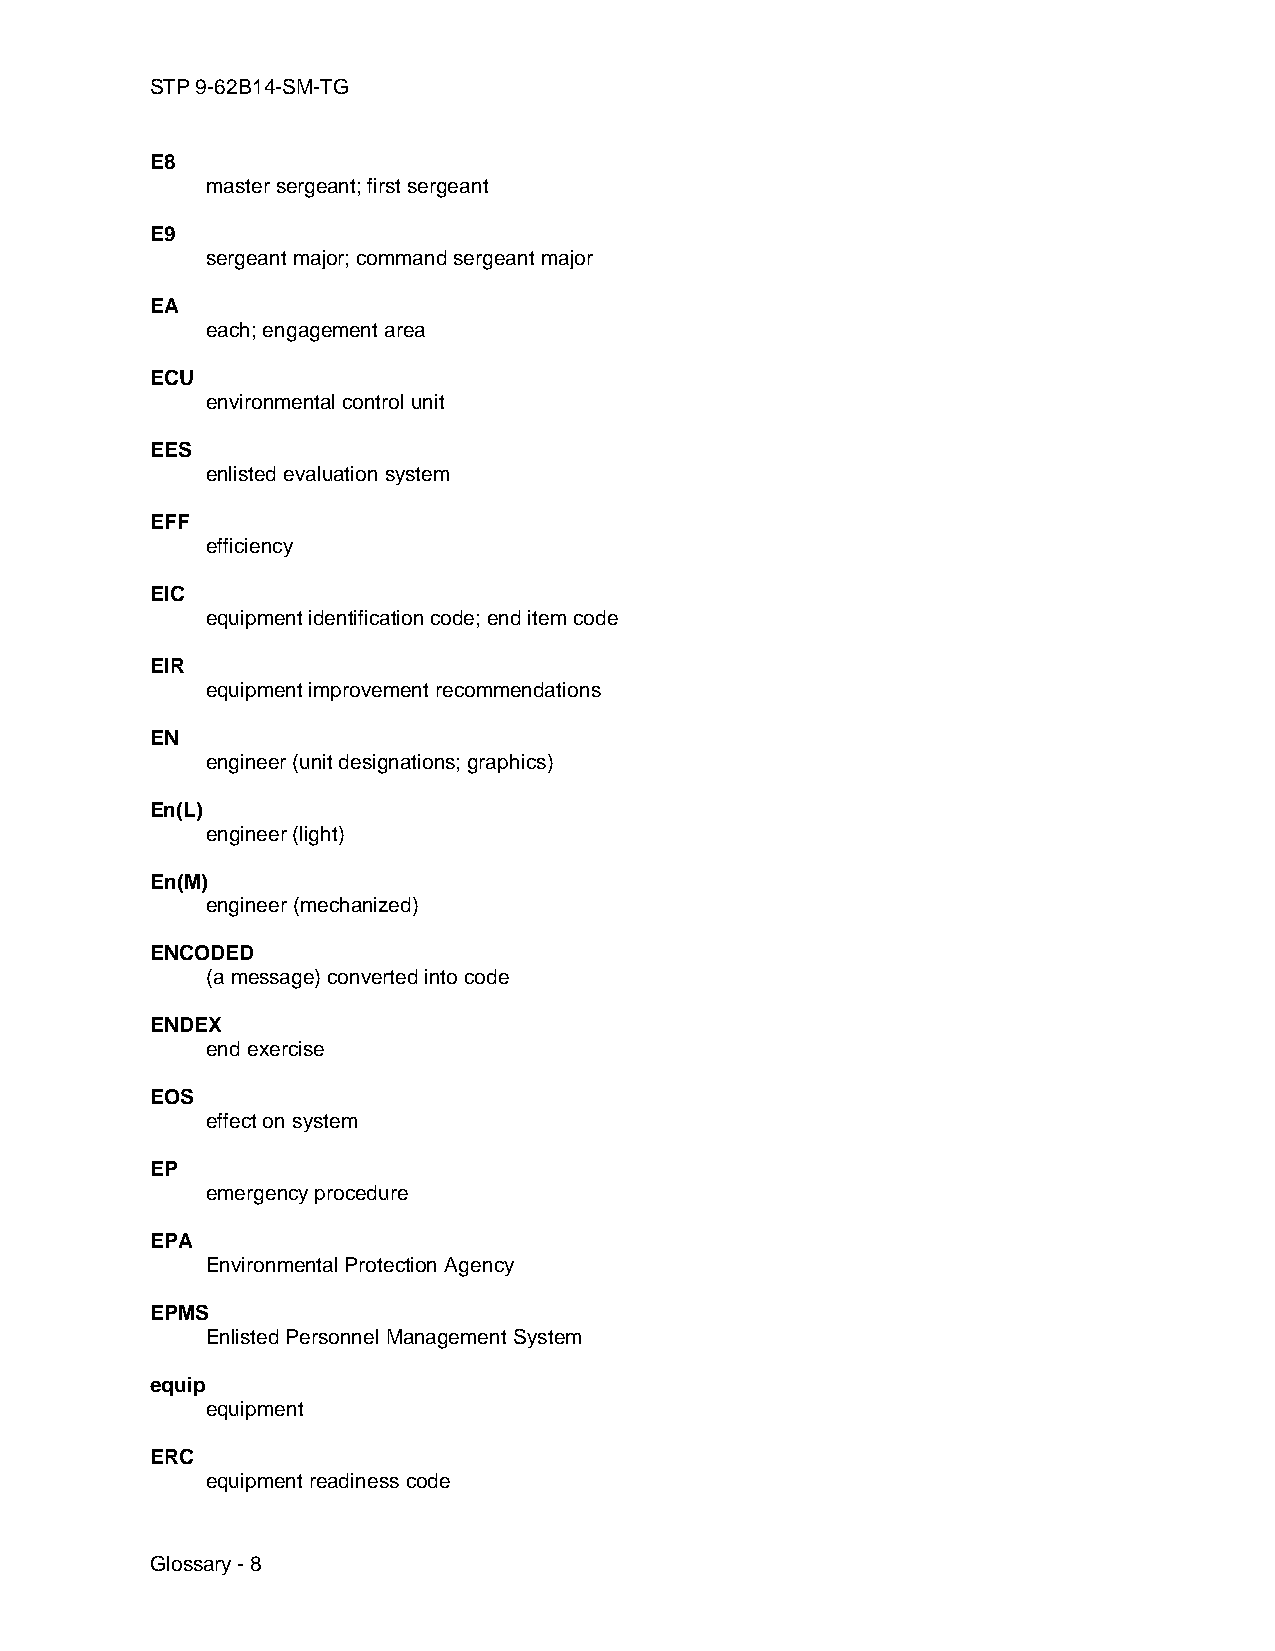
STP 9-62B14-SM-TG
 E8
 master sergeant; first sergeant
 E9
 sergeant major; command sergeant major
 EA
 each; engagement area
 ECU
 environmental control unit
 EES
 enlisted evaluation system
 EFF
 efficiency
 EIC
 equipment identification code; end item code
 EIR
 equipment improvement recommendations
 EN
 engineer (unit designations; graphics)
 En(L)
 engineer (light)
 En(M)
 engineer (mechanized)
 ENCODED
 (a message) converted into code
 ENDEX
 end exercise
 EOS
 effect on system
 EP
 emergency procedure
 EPA
 Environmental Protection Agency
 EPMS
 Enlisted Personnel Management System
 equip
 equipment
 ERC
 equipment readiness code
 Glossary - 8